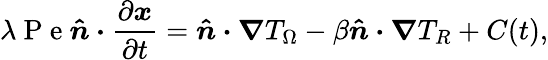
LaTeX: \lambda\mathrm{~P~e~}\boldsymbol{\hat{n}\cdot}\frac{\partial\boldsymbol{x}}{\partial t}=\boldsymbol{\hat{n}\cdot\nabla}T_{\Omega}-\beta\boldsymbol{\hat{n}\cdot\nabla}T_{R}+C(t),